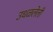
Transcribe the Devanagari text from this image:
उधळलेली